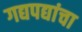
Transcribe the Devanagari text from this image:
गद्यपद्यांचा